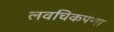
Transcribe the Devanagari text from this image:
लवचिकपणा